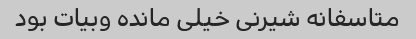
متاسفانه شیرنی خیلی مانده وبیات بود